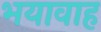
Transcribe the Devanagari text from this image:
भयावाह